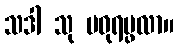
သဒါ သု မဓုရပ္ဖလာ။